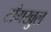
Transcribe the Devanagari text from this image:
टाँगखुल